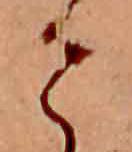
せ